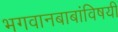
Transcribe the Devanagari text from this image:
भगवानबाबांविषयी